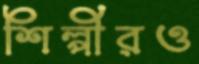
শিল্পীরও